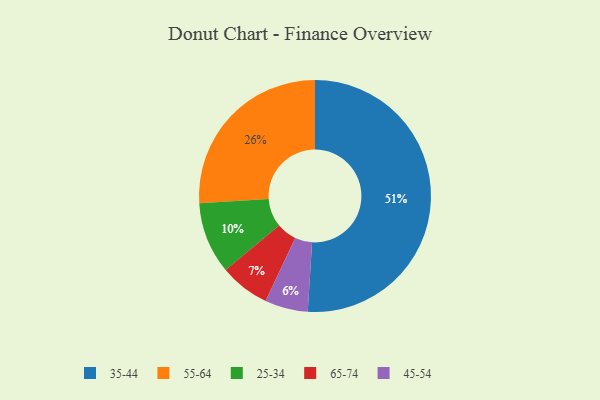
{"axis": {"x": "Category", "y": "Percentage"}, "legend": ["25-34", "35-44", "45-54", "55-64", "65-74"], "data": [{"x": "25-34", "y": 10, "type": "25-34"}, {"x": "55-64", "y": 26, "type": "55-64"}, {"x": "45-54", "y": 6, "type": "45-54"}, {"x": "35-44", "y": 51, "type": "35-44"}, {"x": "65-74", "y": 7, "type": "65-74"}]}